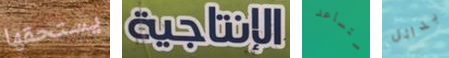
يستحقها الإنتاجية ستساعد بدائل